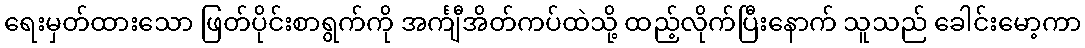
ရေးမှတ်ထားသော ဖြတ်ပိုင်းစာရွက်ကို အင်္ကျီအိတ်ကပ်ထဲသို့ ထည့်လိုက်ပြီးနောက် သူသည် ခေါင်းမော့ကာ